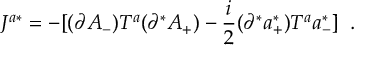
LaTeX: J ^ { a * } = - [ ( \partial A _ { - } ) T ^ { a } ( \partial ^ { * } A _ { + } ) - \frac { i } { 2 } ( \partial ^ { * } a _ { + } ^ { * } ) T ^ { a } a _ { - } ^ { * } ] \; \; .